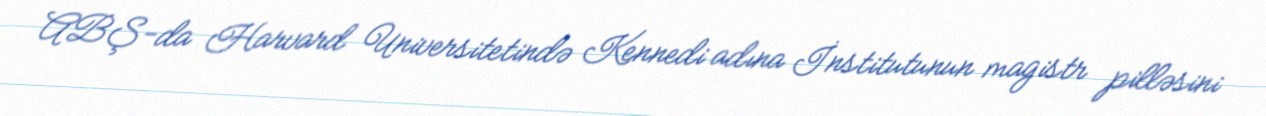
ABŞ-da Harvard Universitetində Kennedi adına İnstitutunun magistr pilləsini